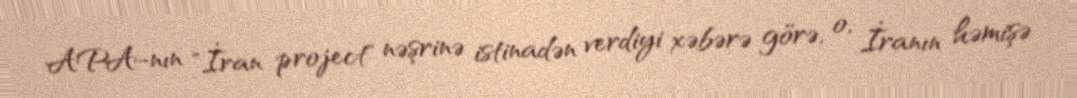
APA-nın "İran project" nəşrinə istinadən verdiyi xəbərə görə, o, İranın həmişə